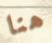
هنا